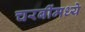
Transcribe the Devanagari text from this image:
चरबींमध्ये